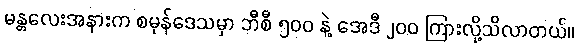
မန္တလေးအနားက စမုန်ဒေသမှာ ဘီစီ ၅ဝဝ နဲ့ အေဒီ ၂ဝဝ ကြားလို့သိလာတယ်။